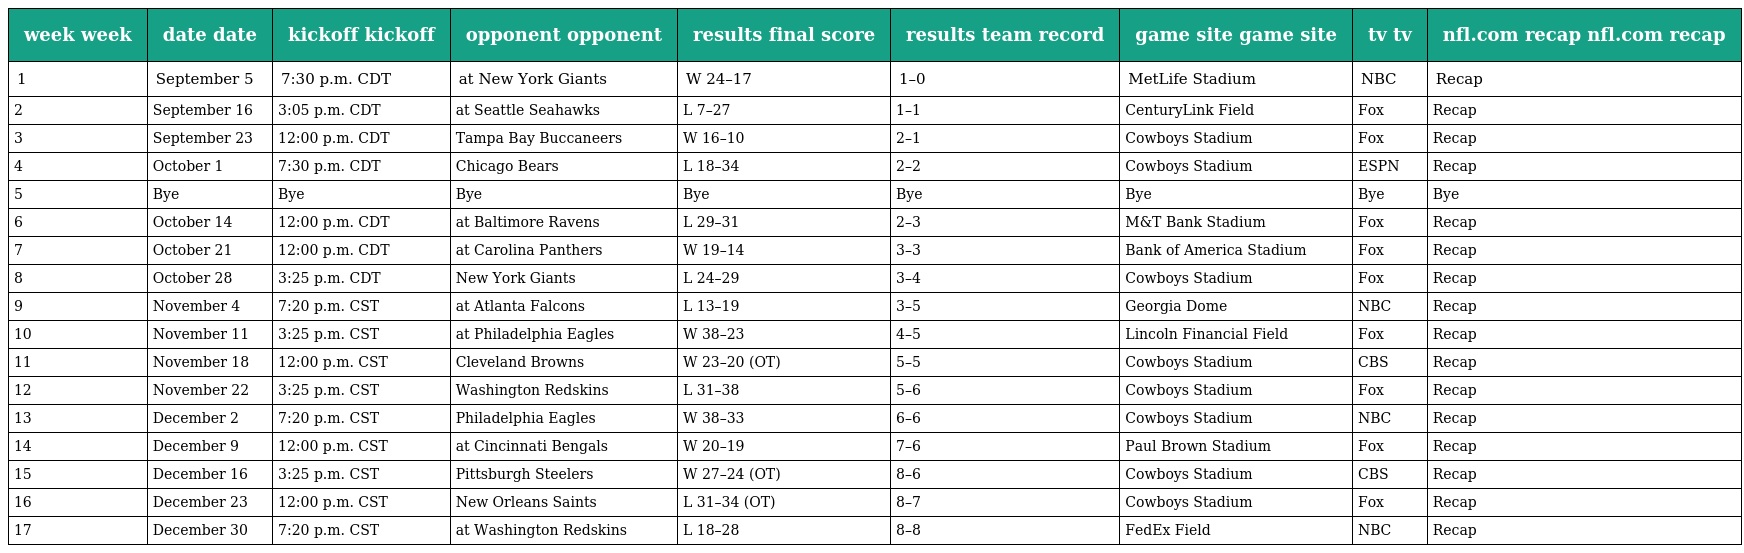
| week week | date date | kickoff kickoff | opponent opponent | results final score | results team record | game site game site | tv tv | nfl.com recap nfl.com recap |
 | --- | --- | --- | --- | --- | --- | --- | --- | --- |
 | 1 | September 5 | 7:30 p.m. CDT | at New York Giants | W 24–17 | 1–0 | MetLife Stadium | NBC | Recap |
 | 2 | September 16 | 3:05 p.m. CDT | at Seattle Seahawks | L 7–27 | 1–1 | CenturyLink Field | Fox | Recap |
 | 3 | September 23 | 12:00 p.m. CDT | Tampa Bay Buccaneers | W 16–10 | 2–1 | Cowboys Stadium | Fox | Recap |
 | 4 | October 1 | 7:30 p.m. CDT | Chicago Bears | L 18–34 | 2–2 | Cowboys Stadium | ESPN | Recap |
 | 5 | Bye | Bye | Bye | Bye | Bye | Bye | Bye | Bye |
 | 6 | October 14 | 12:00 p.m. CDT | at Baltimore Ravens | L 29–31 | 2–3 | M&T Bank Stadium | Fox | Recap |
 | 7 | October 21 | 12:00 p.m. CDT | at Carolina Panthers | W 19–14 | 3–3 | Bank of America Stadium | Fox | Recap |
 | 8 | October 28 | 3:25 p.m. CDT | New York Giants | L 24–29 | 3–4 | Cowboys Stadium | Fox | Recap |
 | 9 | November 4 | 7:20 p.m. CST | at Atlanta Falcons | L 13–19 | 3–5 | Georgia Dome | NBC | Recap |
 | 10 | November 11 | 3:25 p.m. CST | at Philadelphia Eagles | W 38–23 | 4–5 | Lincoln Financial Field | Fox | Recap |
 | 11 | November 18 | 12:00 p.m. CST | Cleveland Browns | W 23–20 (OT) | 5–5 | Cowboys Stadium | CBS | Recap |
 | 12 | November 22 | 3:25 p.m. CST | Washington Redskins | L 31–38 | 5–6 | Cowboys Stadium | Fox | Recap |
 | 13 | December 2 | 7:20 p.m. CST | Philadelphia Eagles | W 38–33 | 6–6 | Cowboys Stadium | NBC | Recap |
 | 14 | December 9 | 12:00 p.m. CST | at Cincinnati Bengals | W 20–19 | 7–6 | Paul Brown Stadium | Fox | Recap |
 | 15 | December 16 | 3:25 p.m. CST | Pittsburgh Steelers | W 27–24 (OT) | 8–6 | Cowboys Stadium | CBS | Recap |
 | 16 | December 23 | 12:00 p.m. CST | New Orleans Saints | L 31–34 (OT) | 8–7 | Cowboys Stadium | Fox | Recap |
 | 17 | December 30 | 7:20 p.m. CST | at Washington Redskins | L 18–28 | 8–8 | FedEx Field | NBC | Recap |